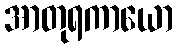
အာတုရကာယော